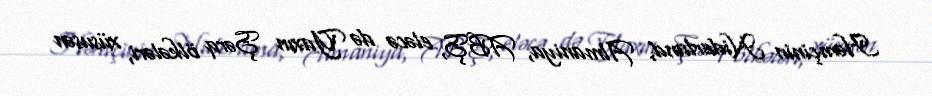
Həmçinin Niderland, Almaniya, ABŞ, eləcə də Yaxın Şərq ölkələri, xüsusən